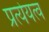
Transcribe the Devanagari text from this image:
प्रत्येयत्व